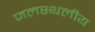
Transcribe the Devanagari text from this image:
जलस्थलीय